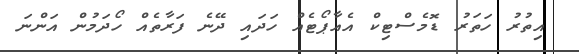
އިތުރު ހަތަރު ޑޮމެސްޓިކް އެއާޕޯޓެއް ހަދައި ދޭނެ ފަރާތެއް ހޯދަމުން އަންނަ